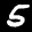
Label: 5